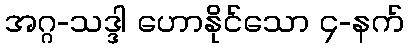
အဂ္ဂ-သဒ္ဒါ ဟောနိုင်သော ၄-နက်